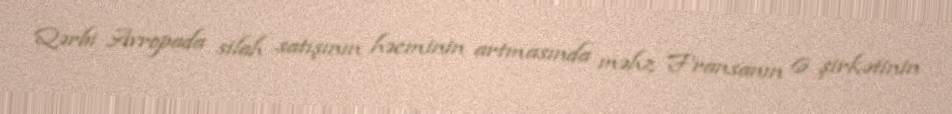
Qərbi Avropada silah satışının həcminin artmasında məhz Fransanın 6 şirkətinin